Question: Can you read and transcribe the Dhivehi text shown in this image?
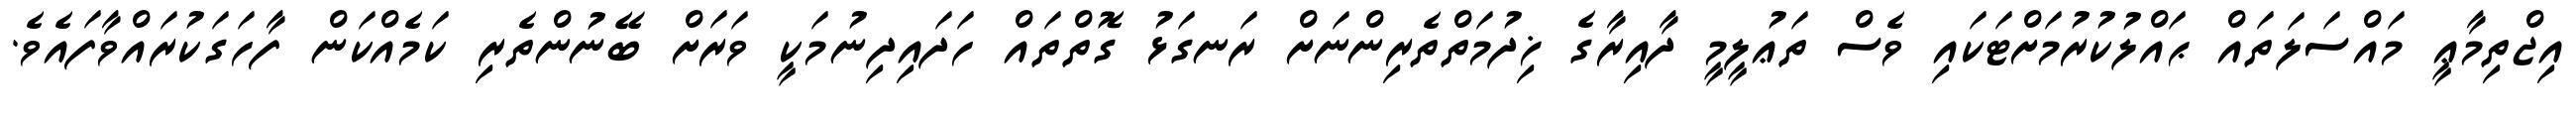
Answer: އިޖްތިމާޢީ މައްސަލަތައް ޙައްލުކުރުމަށްޓަކައި ވެސް ތަޢުލީމީ ދާއިރާގެ ޚިދުމަތްތެރިންނަށް ރަނގަޅު ގޮތްތައް ހަދައިދިނުމަކީ ވަރަށް ބޭނުންތެރި ކަމެއްކަން ފާހަގަކުރައްވާފައެވެ.